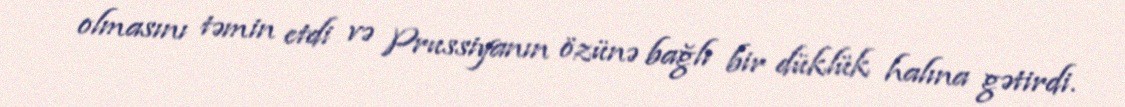
olmasını təmin etdi və Prussiyanın özünə bağlı bir düklük halına gətirdi.